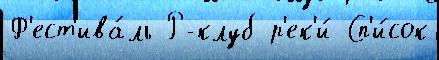
Ф'ест'ива́ль Р-клуб р'ек'и́ Сп'и́сок